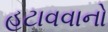
હટાવવાનો